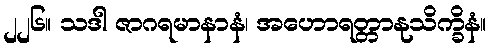
၂၂၆။ သဒါ ဇာဂရမာနာနံ၊ အဟောရတ္တာနုသိက္ခိနံ။